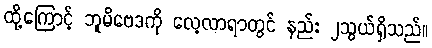
ထို့ကြောင့် ဘူမိဗေဒကို လေ့လာရာတွင် နည်း ၂သွယ်ရှိသည်။